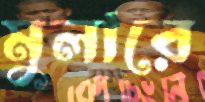
মুলারে